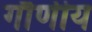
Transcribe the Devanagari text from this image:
गौणीय